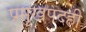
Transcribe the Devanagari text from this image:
प्रमुखपदही